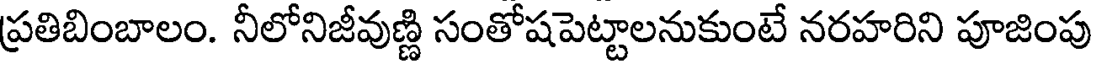
ప్రతిబింబాలం. నీలోనిజీవుణ్ణి సంతోషపెట్టాలనుకుంటే నరహరిని పూజింపు